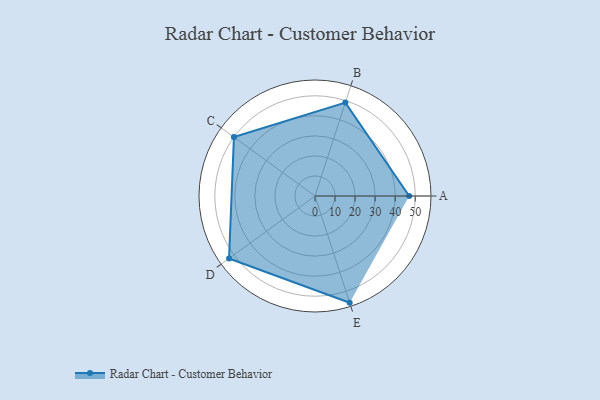
{"axis": {"x": "Skill", "y": "Score"}, "legend": ["Profile"], "data": [{"x": "A", "y": 47.0, "type": "Profile"}, {"x": "B", "y": 49.0, "type": "Profile"}, {"x": "C", "y": 50.0, "type": "Profile"}, {"x": "D", "y": 53.0, "type": "Profile"}, {"x": "E", "y": 56.0, "type": "Profile"}]}